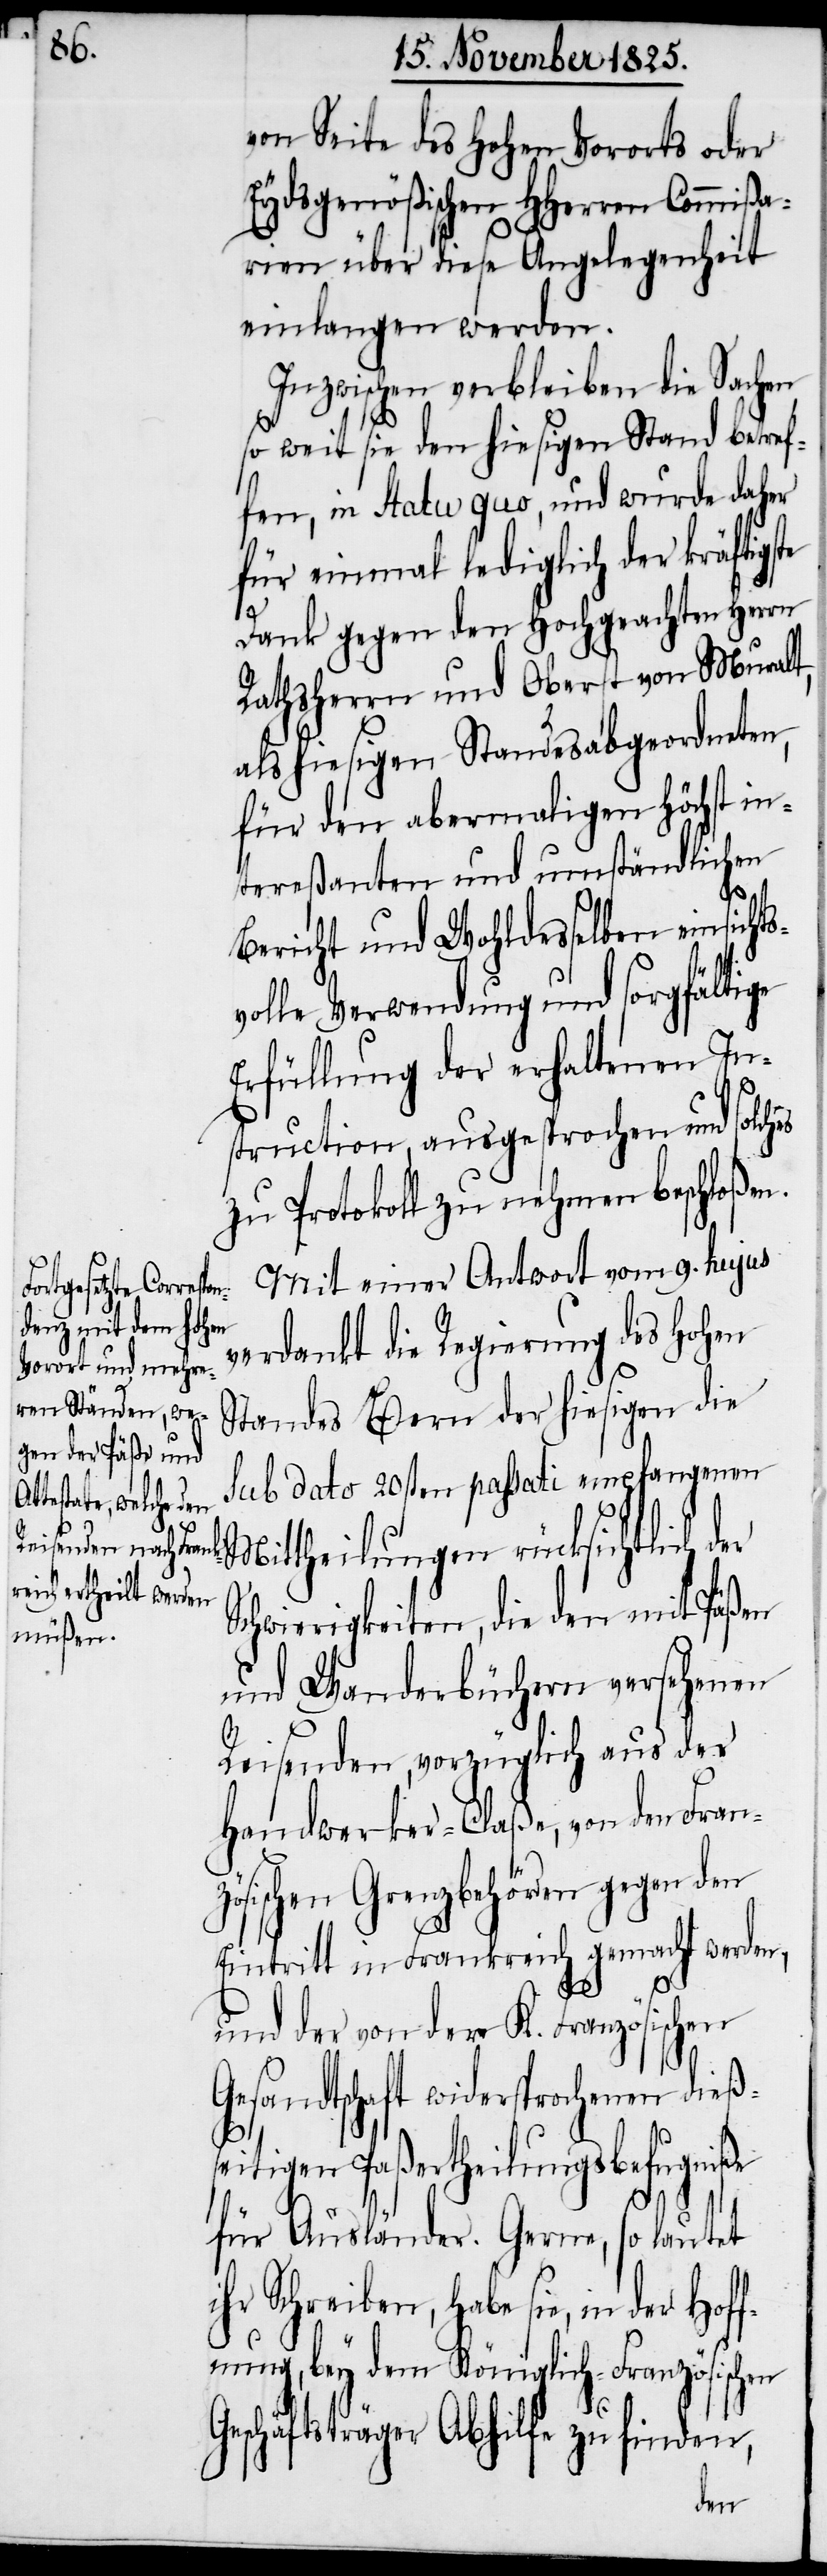
von Seite des hohen Vororts oder
Eydsgenößischen HHerren Commißa¬
rien über diese Angelegenheit
einlangen werden.
Inzwischen verbleiben die Sachen
so weit sie den hiesigen Stand betref¬
fen, in Statu quo, und wurde daher
für einmal lediglich der kräftigs¬
te
Dank gegen den Hochgeachten Herrn
Rathsherrn und Oberst von Muralt,
als hiesigen Standesabgeordneten,
für den abermaligen höchst in¬
tereßanten und umständlichen
Bericht und Wohldesselben einsichts¬
volle Verwendung und sorgfältige
Erfüllung der erhaltenen Ins¬
truction, ausgesprochen und solch¬
zu Protokoll zu nehmen beschloßen.
Mit einer Antwort vom 9. hujus
verdankt die Regierung des hohen
Standes Bern der hiesigen die
sub dato 20sten passati empfangenen
Mittheilungen rücksichtlich d¬
Schwierigkeiten, die den mit Päßen
und Wanderbüchern versehenen
Reisenden, vorzüglich aus der
Handwerker-Claße, von den Franz¬
ösischen Grenzbehörden gegen den
Eintritt in Frankreich gemacht werden,
er
und der von der K. Französischen
Gesandtschaft widersprochenen dießs¬
eitigen Paßertheilungsbefugniße
für Ausländer. Gerne, so lautet
ihr Schreiben, habe sie, in der Hof¬
fnung, bey dem Königlich-Französischen
Geschäftsträger Abhilfe zu finden,